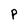
Character: P